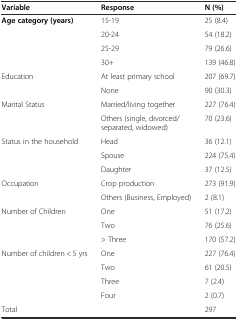
| Variable | Response | N (%) |
 | --- | --- | --- |
 | Age category (years) | 15-19 | 25 (8.4) |
 |  | 20-24 | 54 (18.2) |
 |  | 25-29 | 79 (26.6) |
 |  | 30+ | 139 (46.8) |
 | Education | At least primary school | 207 (69.7) |
 |  | None | 90 (30.3) |
 | Marital Status | Married/living together | 227 (76.4) |
 |  | Others (single, divorced/separated, widowed) | 70 (23.6) |
 | Status in the household | Head | 36 (12.1) |
 |  | Spouse | 224 (75.4) |
 |  | Daughter | 37 (12.5) |
 | Occupation | Crop production | 273 (91.9) |
 |  | Others (Business, Employed) | 2 (8.1) |
 | Number of Children | One | 51 (17.2) |
 |  | Two | 76 (25.6) |
 |  | > Three | 170 (57.2) |
 | Number of children < 5 yrs | One | 227 (76.4) |
 |  | Two | 61 (20.5) |
 |  | Three | 7 (2.4) |
 |  | Four | 2 (0.7) |
 | Total |  | 297 |